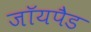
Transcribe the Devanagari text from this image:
जॉयपैड